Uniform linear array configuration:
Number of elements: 48
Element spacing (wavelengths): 1
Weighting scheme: uniform
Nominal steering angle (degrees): -15
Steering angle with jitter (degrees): -14.958
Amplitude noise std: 0.05
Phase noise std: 0.05

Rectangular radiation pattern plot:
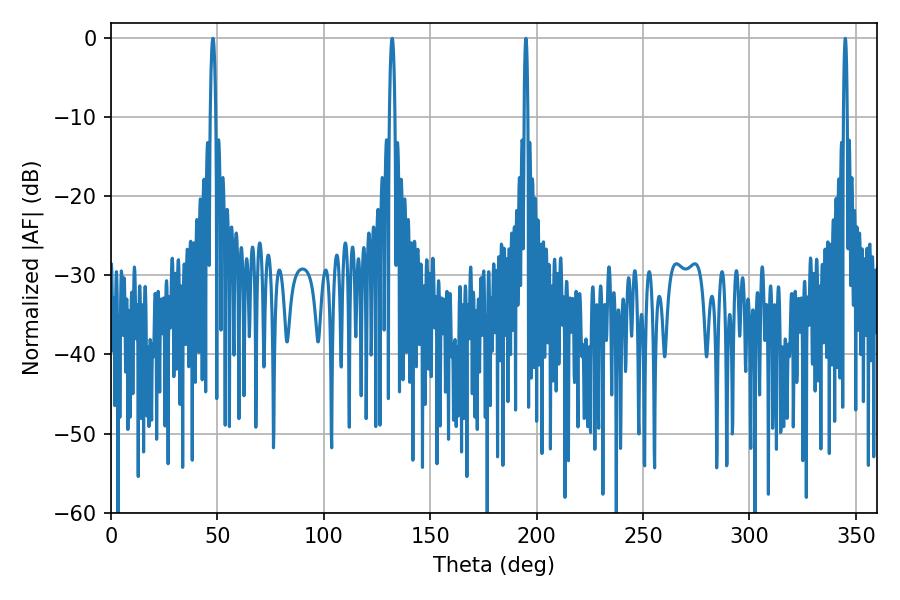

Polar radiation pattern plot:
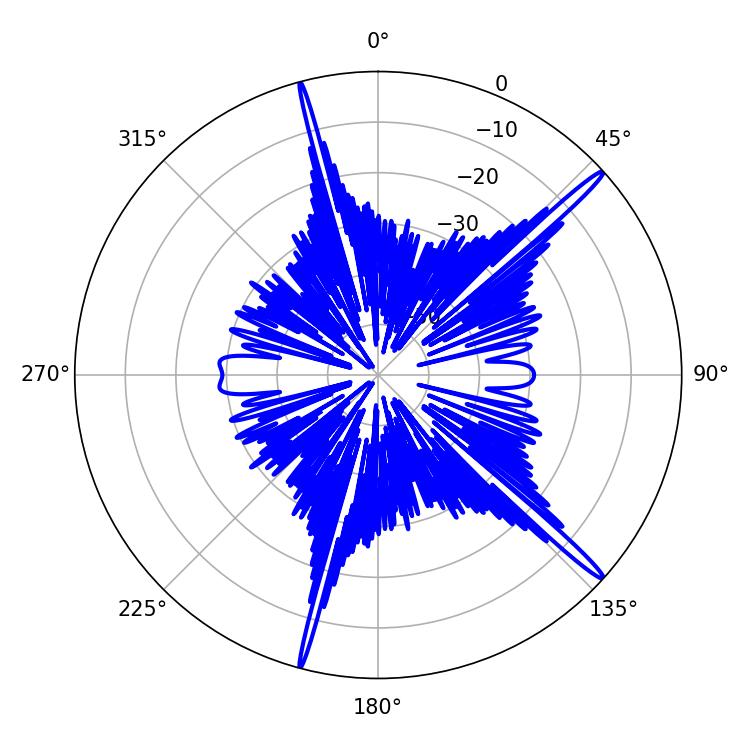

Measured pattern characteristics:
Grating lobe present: TRUE
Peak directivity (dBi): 17.614
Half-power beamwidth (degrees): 1.44
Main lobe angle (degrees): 47.88